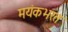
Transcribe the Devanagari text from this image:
मयंकभरत